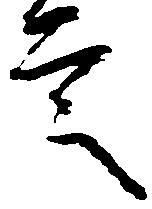
言